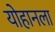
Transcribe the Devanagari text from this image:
योहानला